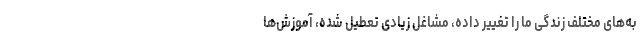
به‌های مختلف زندگی ما را تغییر داده، مشاغل زیادی تعطیل شده، آموزش‌ها